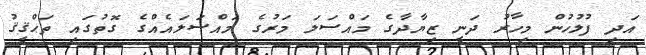
އަދި ފުލުހުން މިހާރު ދަނީ ޒިޔާދާގެ މައްސަލަ މަރުގެ މައްސަލައެއްގެ ގޮތުގައި ތަޙްޤީޤު